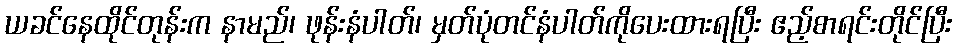
ယခင်နေထိုင်တုန်းက နာမည်၊ ဖုန်းနံပါတ်၊ မှတ်ပုံတင်နံပါတ်ကိုပေးထားရပြီး ဧည့်စာရင်းတိုင်ပြီး